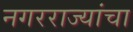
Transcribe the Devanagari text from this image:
नगरराज्यांचा